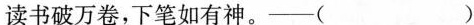
读书破万卷，下笔如有神。—( )